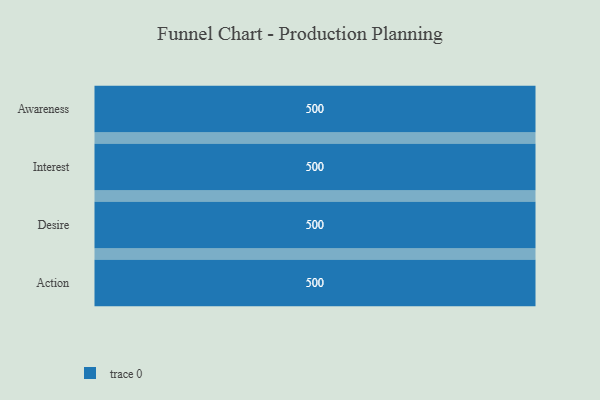
{"axis": {"x": "Stage", "y": "Value"}, "legend": [""], "data": [{"x": "Awareness", "y": 500, "type": ""}, {"x": "Interest", "y": 500, "type": ""}, {"x": "Desire", "y": 500, "type": ""}, {"x": "Action", "y": 500, "type": ""}]}